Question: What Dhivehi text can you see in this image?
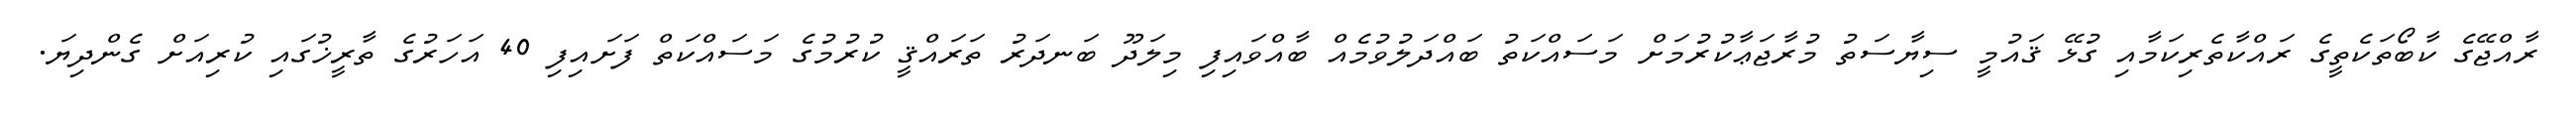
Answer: ރާއްޖޭގެ ކާބޯތަކެތީގެ ރައްކާތެރިކަމާއި ގުޅޭ ޤައުމީ ސިޔާސަތު މުރާޖަޢާކުރުމަށް މަސައްކަތު ބައްދަލުވުމެއް ބާއްވައިފި މިލަދޫ ބަނދަރު ތަރައްޤީ ކުރުމުގެ މަސައްކަތް ފަށައިފި 40 އަހަރުގެ ތާރީޚުގައި ކުރިއަށް ގެންދިޔަ.